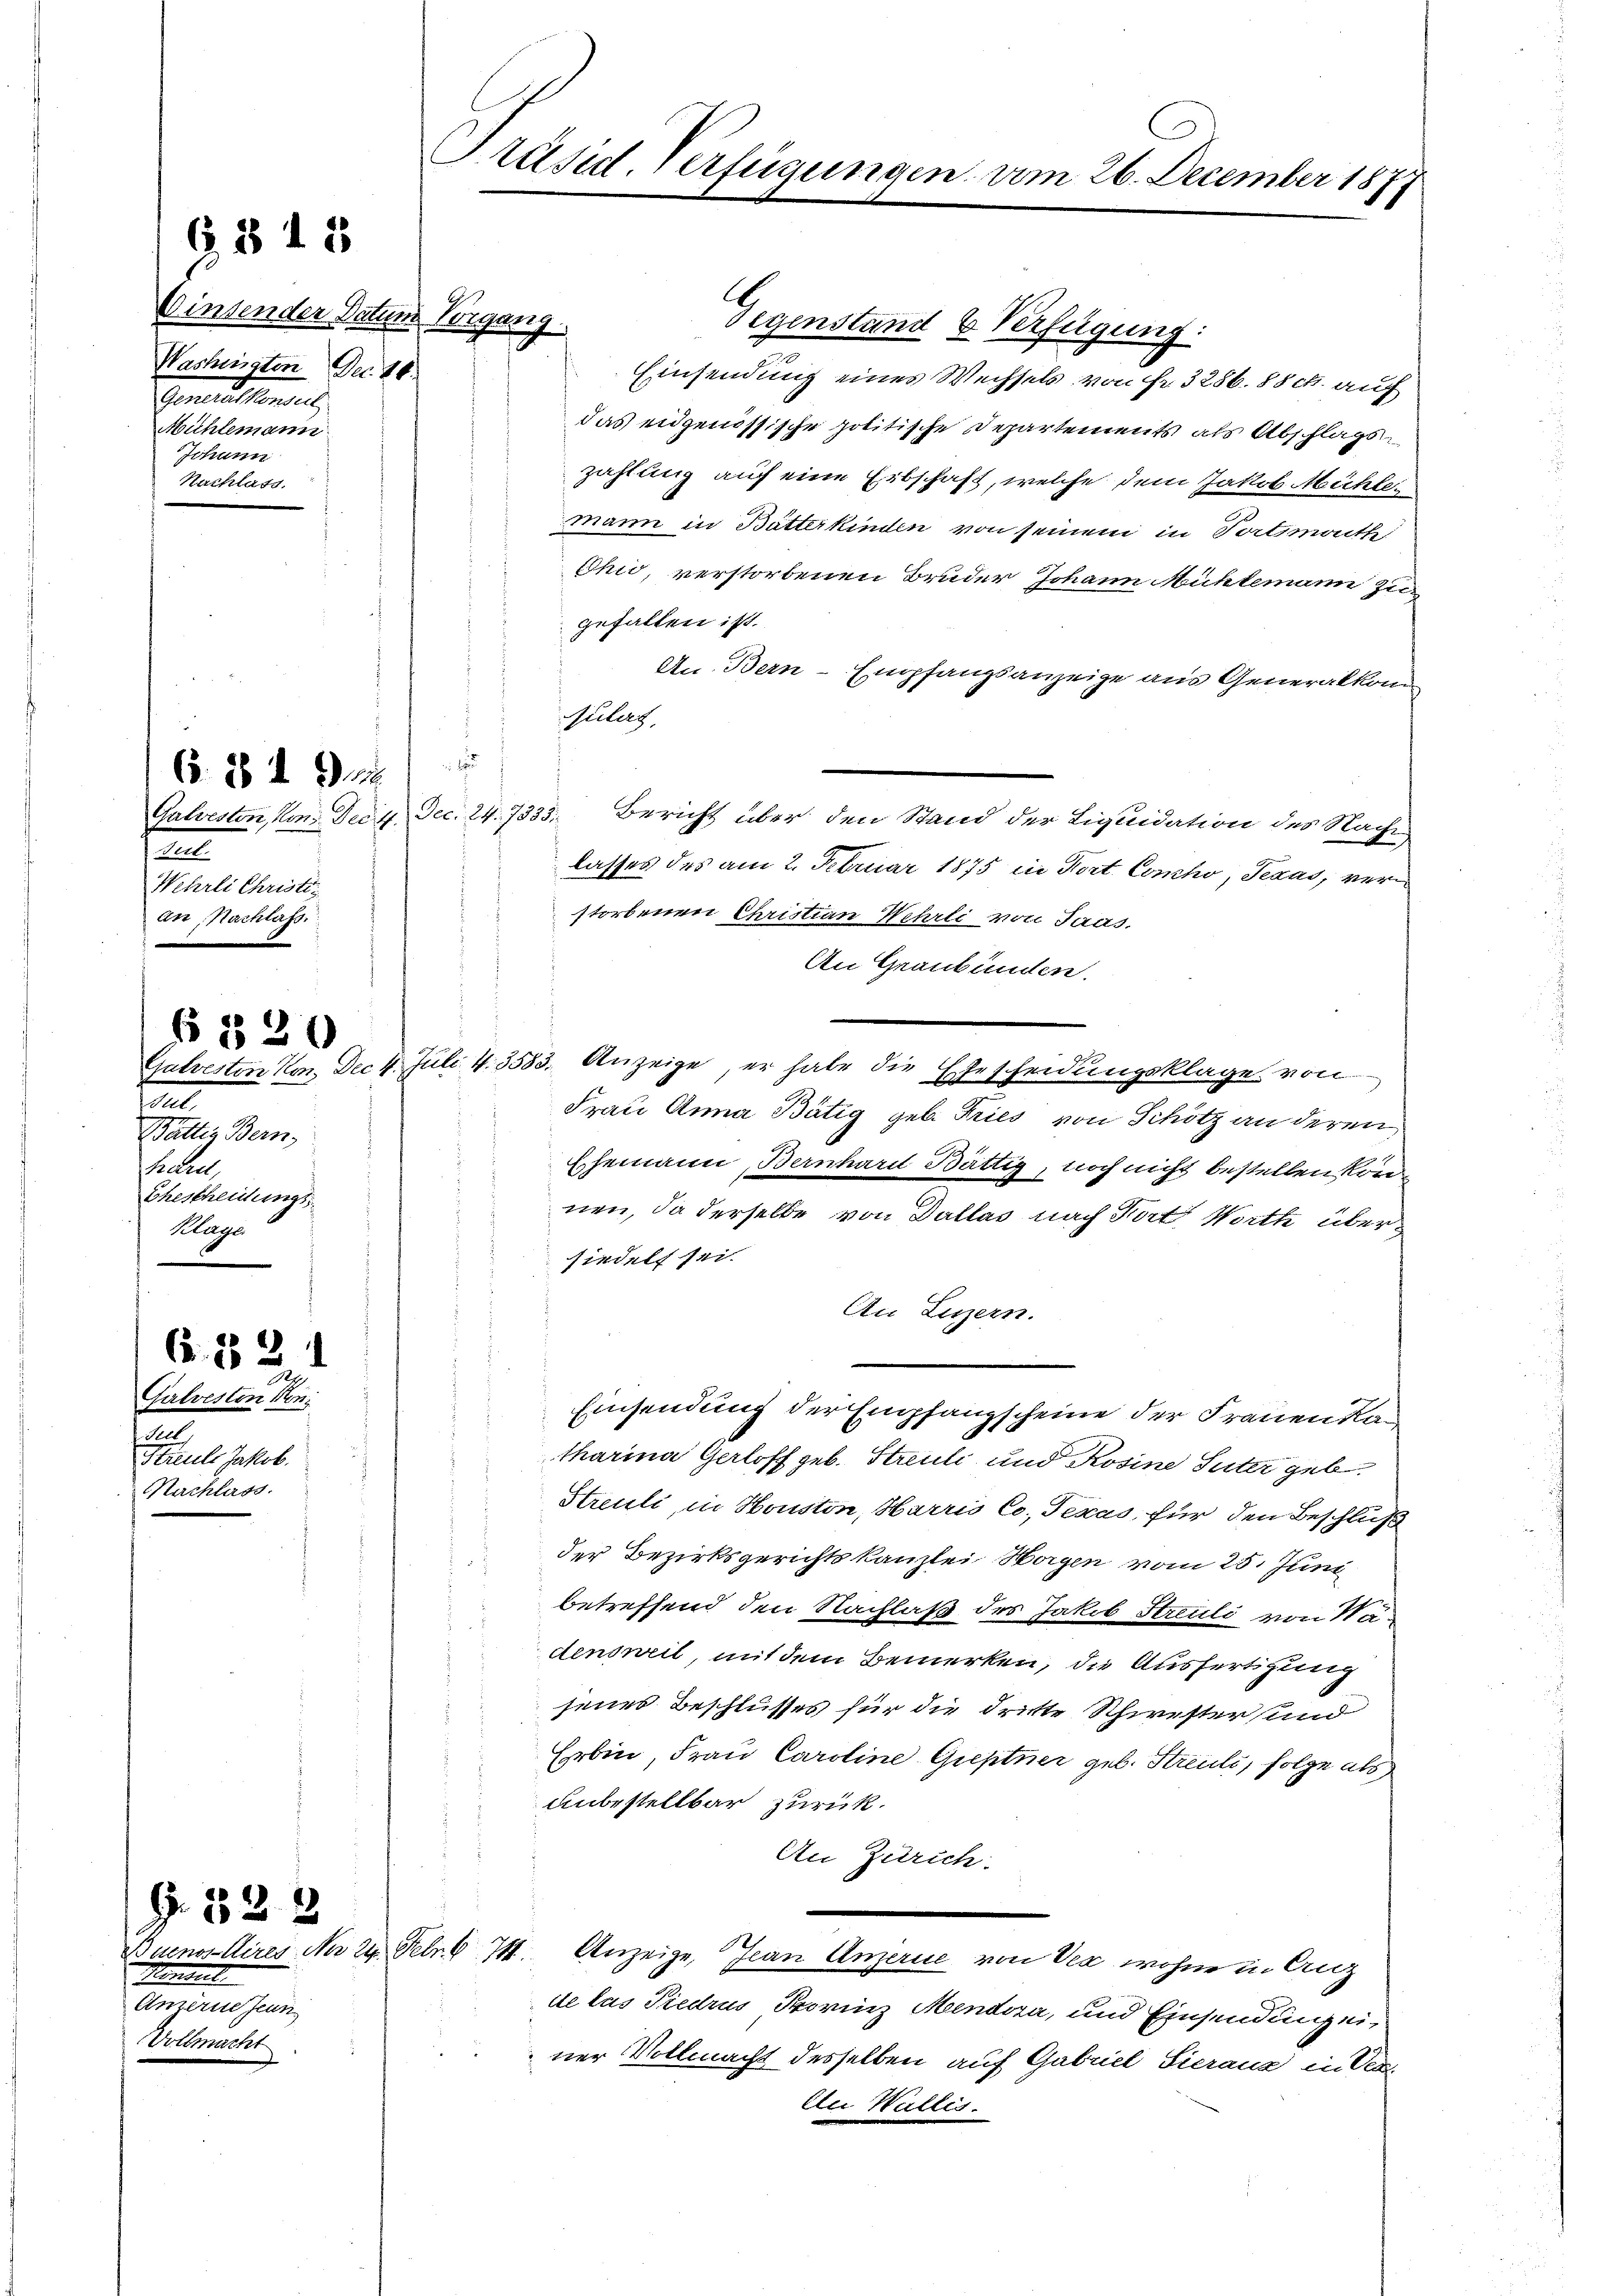
binsender Datum Vergang.
Washingten Dec. 26.
Genausstandelt,
Mühlemann.
Johann
Nachlass.

G,843

Mort.
Wehrli Christi
an, Nachlass

§ 520

e
Galvesten Kon¬
Fell
Streule Jakob.
Nachlass

C. 282

§. 323

6. 849

ten
Batter Bern,
Kare,
Ehestheidungs
Klager

Gegenstand 6 Verfügung:
Einsendung eines Wechsels von fr. 3286. 88 ck. auf
das eidgenössische politische Departements als Abschlagszahlung auf eine Erbschaft, welche dem Jakob Mühler
mann in Bätterkinden von seinem in Tortimath
Chio, verstorbenen Bruder Johann Mühlemann zu
gefallen ist.
An. Bern-Empfangsanzeige aus Generalkom
Siles,

Galveston, Von Dein Dec. 24. 7333. Bericht über den Stand der Liquidation des Nacht,
lasses des am 2. Februar 1875 in Port. Comcho, Texas, verstorbenen Christian Wehrli von Jaas,
An Graubünden.
Galvesten Kon. Dec 1. Juli 4.3583. Anzeige, er habe die Ehescheidungsklage von
Frau Anna Bätig geb. Tries von Schötz an deren
Ehemann, Bernhard Bättig, noch nicht bestellen können, da derselbe von Dallas nach Fort Worthe über
siedelt sei.
An Luzern.
Einsendung der Empfangscheine der Frauen Katharina Gerloff geb. Streuli und Rosine Suter geb
Streuli, in Houston, Harris Co. Texas, für den Beschluß
der Bezirksgerichtskanzlei Hagen vom 25. Juni
betreffend den Nachlaß des Jakob Streuli von Nadensweil, mit dem Bemerken, die Ausfertigung
jenes Beschlusses für die dritte Schwester sind
i
Erbin, Frau Caroline Gieptner geb. Streuli, folge als
Unbestellbar zurück.
An Zürich.
Buenos Aires No 24. Febr. 6 I. Anzeige, Jean Anzerne von Vex wohne in Ang
de las Piedrus Provinz Mendora, und Einsendung einer Vollmacht desselben auf Gabriel Sieraus in Ver
Au Wullis.

krimiert
Unzerne Zeun
Vollmacht

Präsid. Verfügungen am 26. December 1877